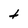
Character: t